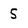
Character: S